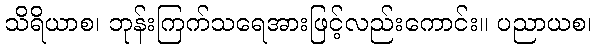
သိရိယာစ၊ ဘုန်းကြက်သရေအားဖြင့်လည်းကောင်း။ ပညာယစ၊